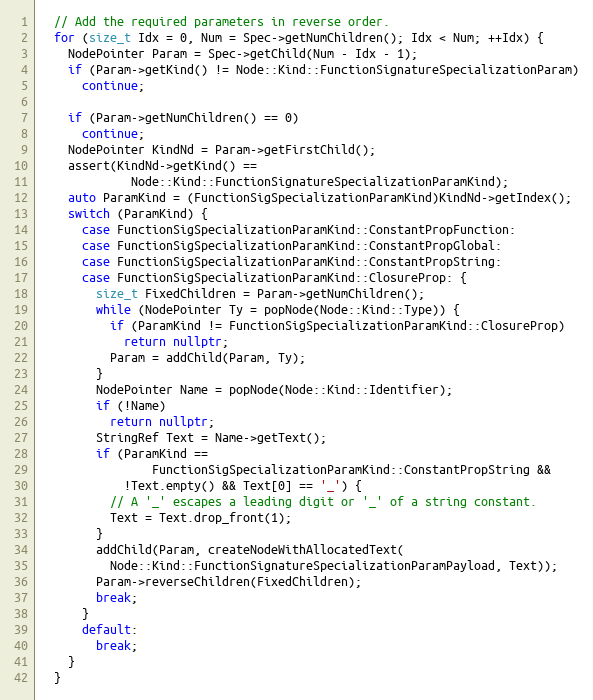
Language: C++
  // Add the required parameters in reverse order.
  for (size_t Idx = 0, Num = Spec->getNumChildren(); Idx < Num; ++Idx) {
    NodePointer Param = Spec->getChild(Num - Idx - 1);
    if (Param->getKind() != Node::Kind::FunctionSignatureSpecializationParam)
      continue;

    if (Param->getNumChildren() == 0)
      continue;
    NodePointer KindNd = Param->getFirstChild();
    assert(KindNd->getKind() ==
             Node::Kind::FunctionSignatureSpecializationParamKind);
    auto ParamKind = (FunctionSigSpecializationParamKind)KindNd->getIndex();
    switch (ParamKind) {
      case FunctionSigSpecializationParamKind::ConstantPropFunction:
      case FunctionSigSpecializationParamKind::ConstantPropGlobal:
      case FunctionSigSpecializationParamKind::ConstantPropString:
      case FunctionSigSpecializationParamKind::ClosureProp: {
        size_t FixedChildren = Param->getNumChildren();
        while (NodePointer Ty = popNode(Node::Kind::Type)) {
          if (ParamKind != FunctionSigSpecializationParamKind::ClosureProp)
            return nullptr;
          Param = addChild(Param, Ty);
        }
        NodePointer Name = popNode(Node::Kind::Identifier);
        if (!Name)
          return nullptr;
        StringRef Text = Name->getText();
        if (ParamKind ==
                FunctionSigSpecializationParamKind::ConstantPropString &&
            !Text.empty() && Text[0] == '_') {
          // A '_' escapes a leading digit or '_' of a string constant.
          Text = Text.drop_front(1);
        }
        addChild(Param, createNodeWithAllocatedText(
          Node::Kind::FunctionSignatureSpecializationParamPayload, Text));
        Param->reverseChildren(FixedChildren);
        break;
      }
      default:
        break;
    }
  }